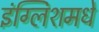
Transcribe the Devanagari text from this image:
इंग्लिशमधे